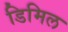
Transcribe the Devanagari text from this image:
डिमिल